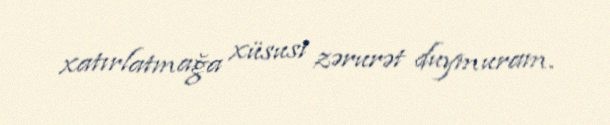
xatırlatmağa xüsusi zərurət duymuram.